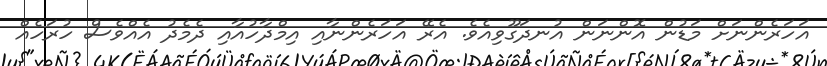
އަހަރެންނަށް މަޑުން އޮންނަން އުނދަގޫވިއެވެ. އެރޭ އަހަރެންނާއި އިމްދާހުއާއި ދެމެދު އެއްވެސް ހުރަހެއް